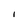
Character: I